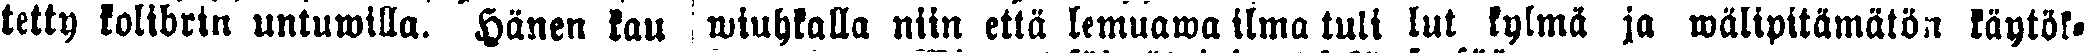
tetty kolibrin untuwilla. Hänen kau  wiuhkalla niin että lemuawa ilma tuli lut kylmä ja wälipitämätön käytök-